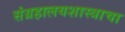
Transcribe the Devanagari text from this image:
संग्रहालयशास्त्राचा